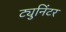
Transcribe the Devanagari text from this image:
ट्युनिंटर